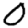
Digit: 0